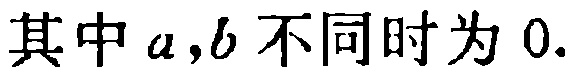
其中 \(a,b\) 不同时为 \(0.\)